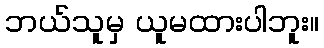
ဘယ်သူမှ ယူမထားပါဘူး။